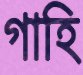
গাহি